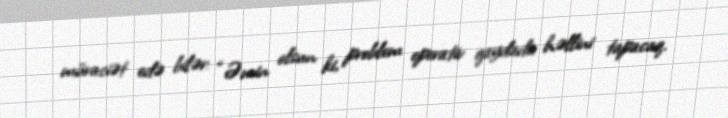
müraciət edə bilər: “Əmin olsun ki, problem operativ qaydada həllini tapacaq.